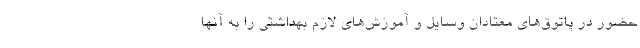
حضور در پاتوق‌های معتادان وسایل و آموزش‌های لازم بهداشتی را به آنها